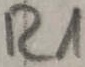
Text: R1